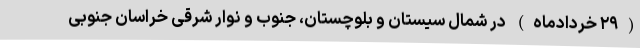
(۲۹ خردادماه) در شمال سیستان و بلوچستان، جنوب و نوار شرقی خراسان جنوبی